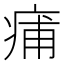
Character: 痡